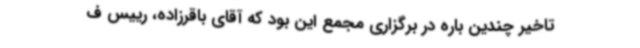
تاخیر چندین باره در برگزاری مجمع این بود که آقای باقرزاده، رییس ف